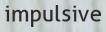
impulsive